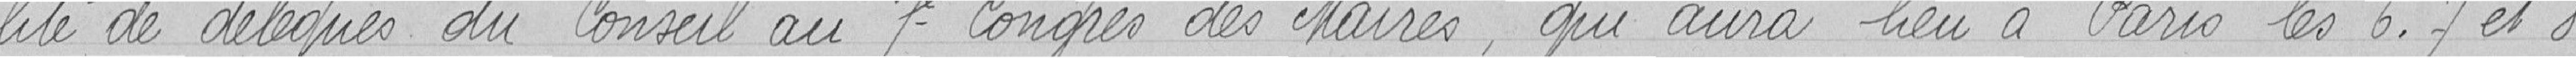
lité de délégués du Conseil au 7° Congrès des Maires, qui aura lieu les 6, 7 et 8